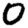
Digit: 0